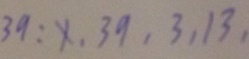
3 9 : x , 3 9 , 3 , 1 3 ,